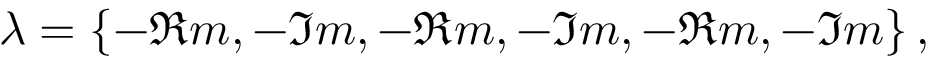
\lambda = \{ - \Re m , - \Im m , - \Re m , - \Im m , - \Re m , - \Im m \} \, ,